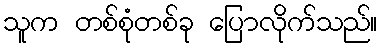
သူက တစ်စုံတစ်ခု ပြောလိုက်သည်။